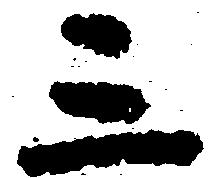
三